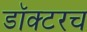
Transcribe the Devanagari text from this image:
डॉक्टरच